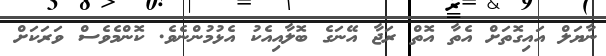
ނާޔަލް އައިގޮތަށް އެތާ އޮތް ރަޖާ އޭނަގެ ބޮލާއިއެކު އެޅުމުންނެވެ. ކޮންމެވެސް ވަރަކަށް